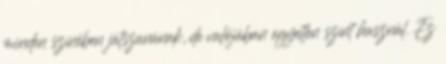
minden színében játszanának, de valójában egyetlen színt használ. Ez